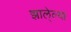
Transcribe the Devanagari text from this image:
झाले्ल्या